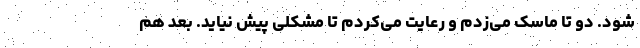
شود. دو تا ماسک می‌زدم و رعایت می‌کردم تا مشکلی پیش نیاید. بعد هم